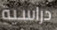
دراسية